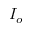
I _ { o }